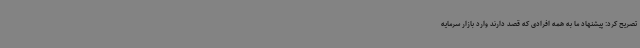
تصریح کرد: پیشنهاد ما به همه افرادی که قصد دارند وارد بازار سرمایه